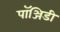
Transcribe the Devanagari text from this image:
पॉञ्जिडी